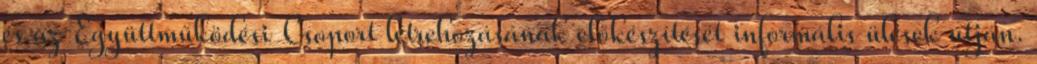
és az Együttműködési Csoport létrehozásának előkészítését informális ülések útján.